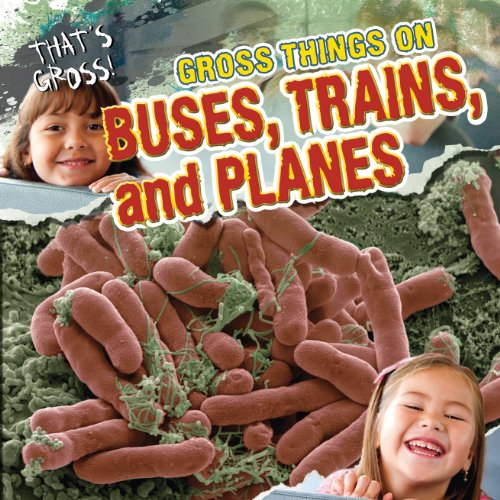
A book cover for Gross Things on Buses, Trains, and Planes (That's Gross!); Greg Roza; Children's Books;